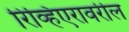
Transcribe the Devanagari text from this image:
रिव्हिएरावरील